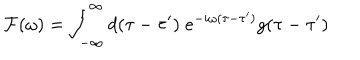
{ \cal F } ( \omega ) = \int _ { - \infty } ^ { \infty } d ( \tau - \tau ^ { \prime } ) \; e ^ { - i \omega ( \tau - \tau ^ { \prime } ) } g ( \tau - \tau ^ { \prime } )